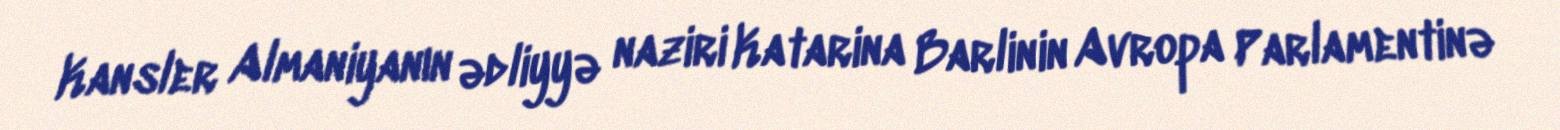
Kansler Almaniyanın ədliyyə naziri Katarina Barlinin Avropa Parlamentinə